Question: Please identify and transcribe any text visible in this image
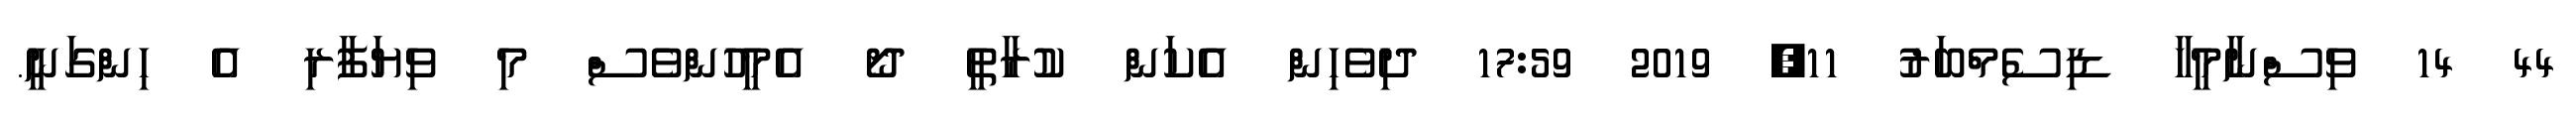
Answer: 44 14 ވިސްނާމީހާ ޑިސެމްބަރު 11, 2019 17:59 ދިވެހިން އެކަން ކުރާތީ ދޯ އެމީހުންވެސް މި ވިޔަފާރި އެ ހިންގަނީ.